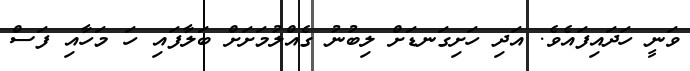
ވަނީ ހަދައިފައެވެ. އަދި ހަށިގަނޑަށް ލިބުނު ގެއްލުމަށަށް ބަލާފައި ހަ މަހާއި ފަސް